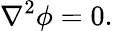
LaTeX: \nabla^{2}\phi=0.